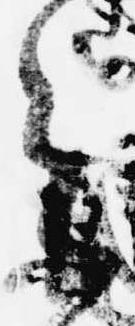
令